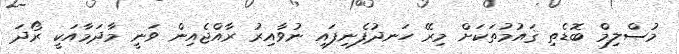
މުސްލިމް ބޮޑެތި ޤައުމުތަކަށް މިރޭ ހަނދުފެނިފައި ނުވާއިރު ރާއްޖެއިން ވަނީ މާދަމާއަކީ ރޯދަ